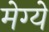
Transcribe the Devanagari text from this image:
मेग्ये